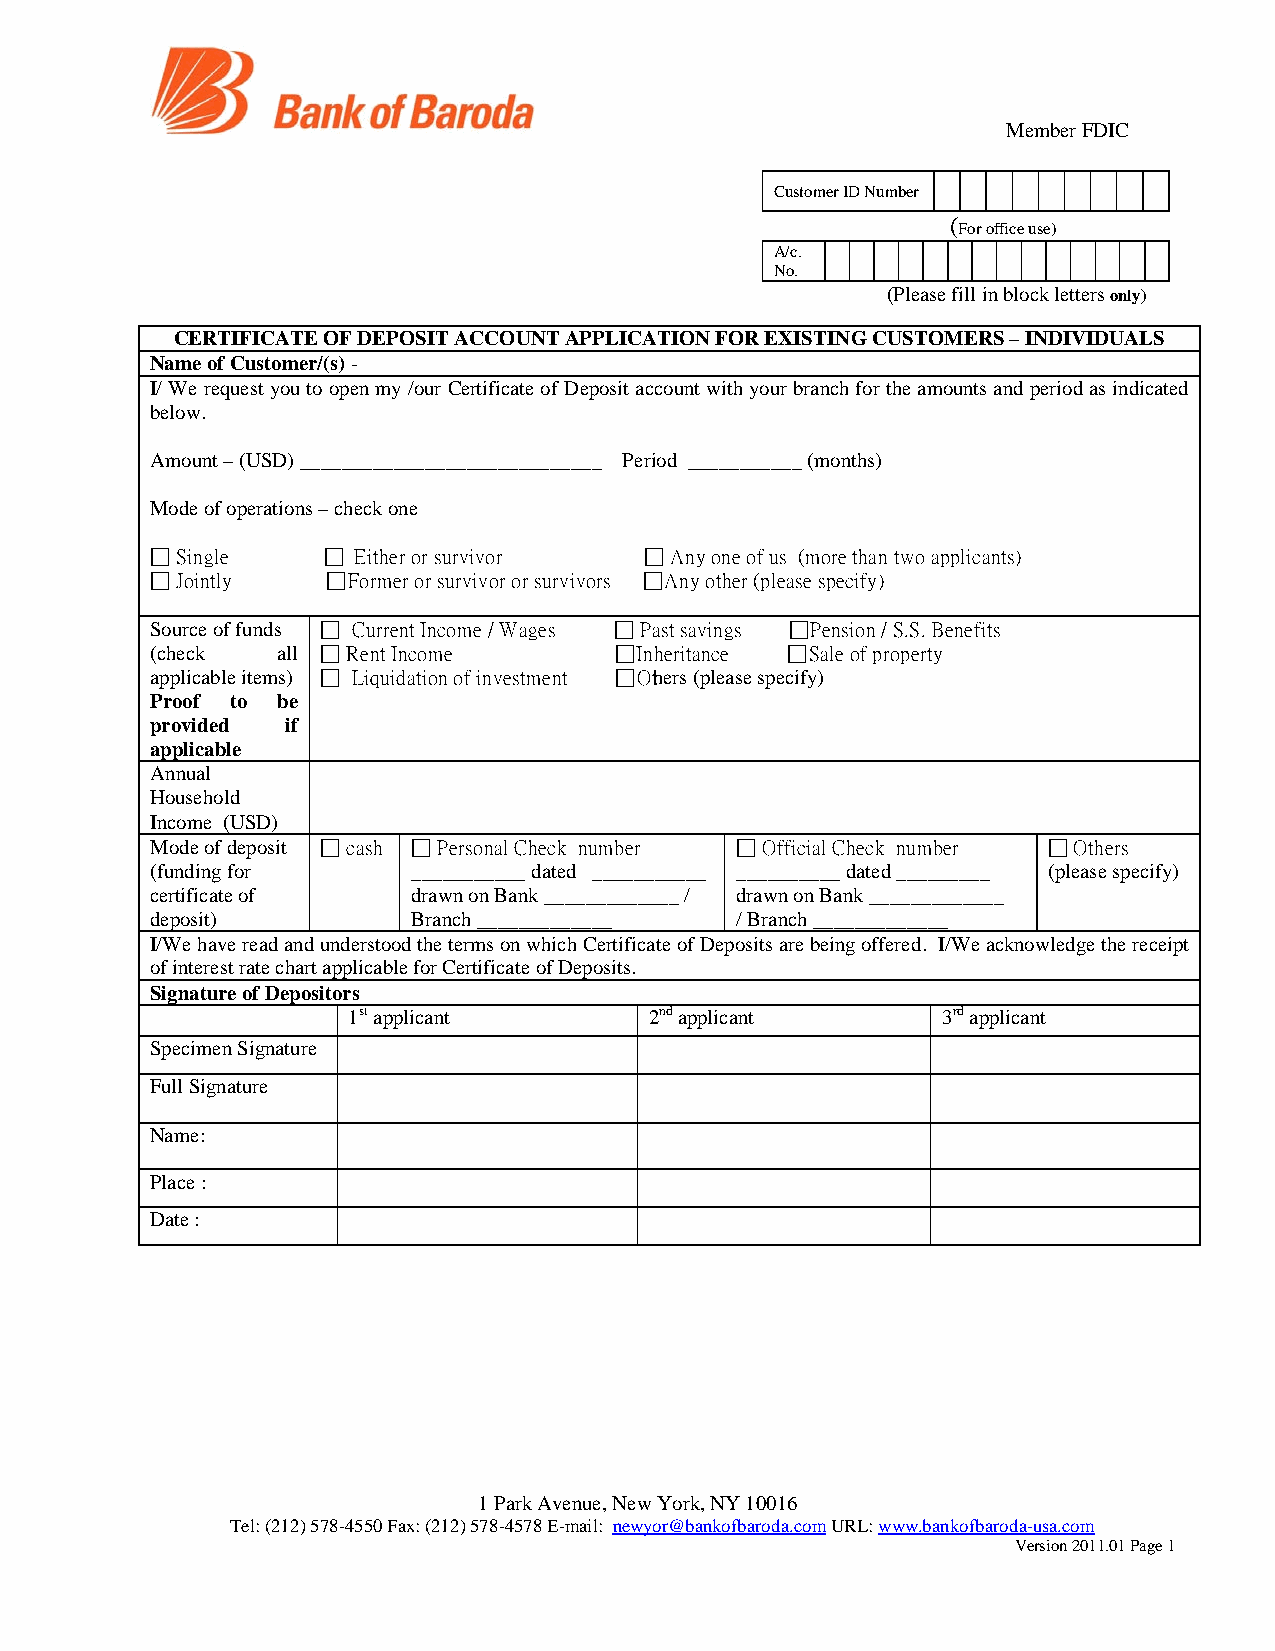
Member FDIC
 Customer ID Number
 (For office use)
 A/c.
 No.
 (Please fill in block letters only)
 CERTIFICATE OF DEPOSIT ACCOUNT APPLICATION FOR EXISTING CUSTOMERS – INDIVIDUALS
 Name of Customer/(s) -
 I/ We request you to open my /our Certificate of Deposit account with your branch for the amounts and period as indicated
 below.
 Amount – (USD) _____________________________ Period ___________ (months)
 Mode of operations – check one
  Single     Either or survivor  Any one of us (more than two applicants)
  Jointly    Former or survivor or survivors  Any other (please specify)
 Source of funds  Current Income / Wages  Past savings  Pension / S.S. Benefits
 (check  all  Rent Income       Inheritance  Sale of property
 applicable items)  Liquidation of investment  Others (please specify)
 Proof to be
 provided if
 applicable
 Annual
 Household
 Income (USD)
 Mode of deposit  cash  Personal Check number  Official Check number  Others
 (funding for     ___________ dated ___________ __________ dated _________ (please specify)
 certificate of   drawn on Bank _____________ / drawn on Bank _____________
 deposit)         Branch _____________  / Branch _____________
 I/We have read and understood the terms on which Certificate of Deposits are being offered. I/We acknowledge the receipt
 of interest rate chart applicable for Certificate of Deposits.
 Signature of Depositors
 1st applicant       2nd applicant      3rd applicant
 Specimen Signature
 Full Signature
 Name:
 Place :
 Date :
 1 Park Avenue, New York, NY 10016
 Tel: (212) 578-4550 Fax: (212) 578-4578 E-mail: newyor@bankofbaroda.com URL: www.bankofbaroda-usa.com
 Version 2011.01 Page 1